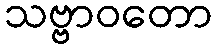
သဗ္ဗာဝတော